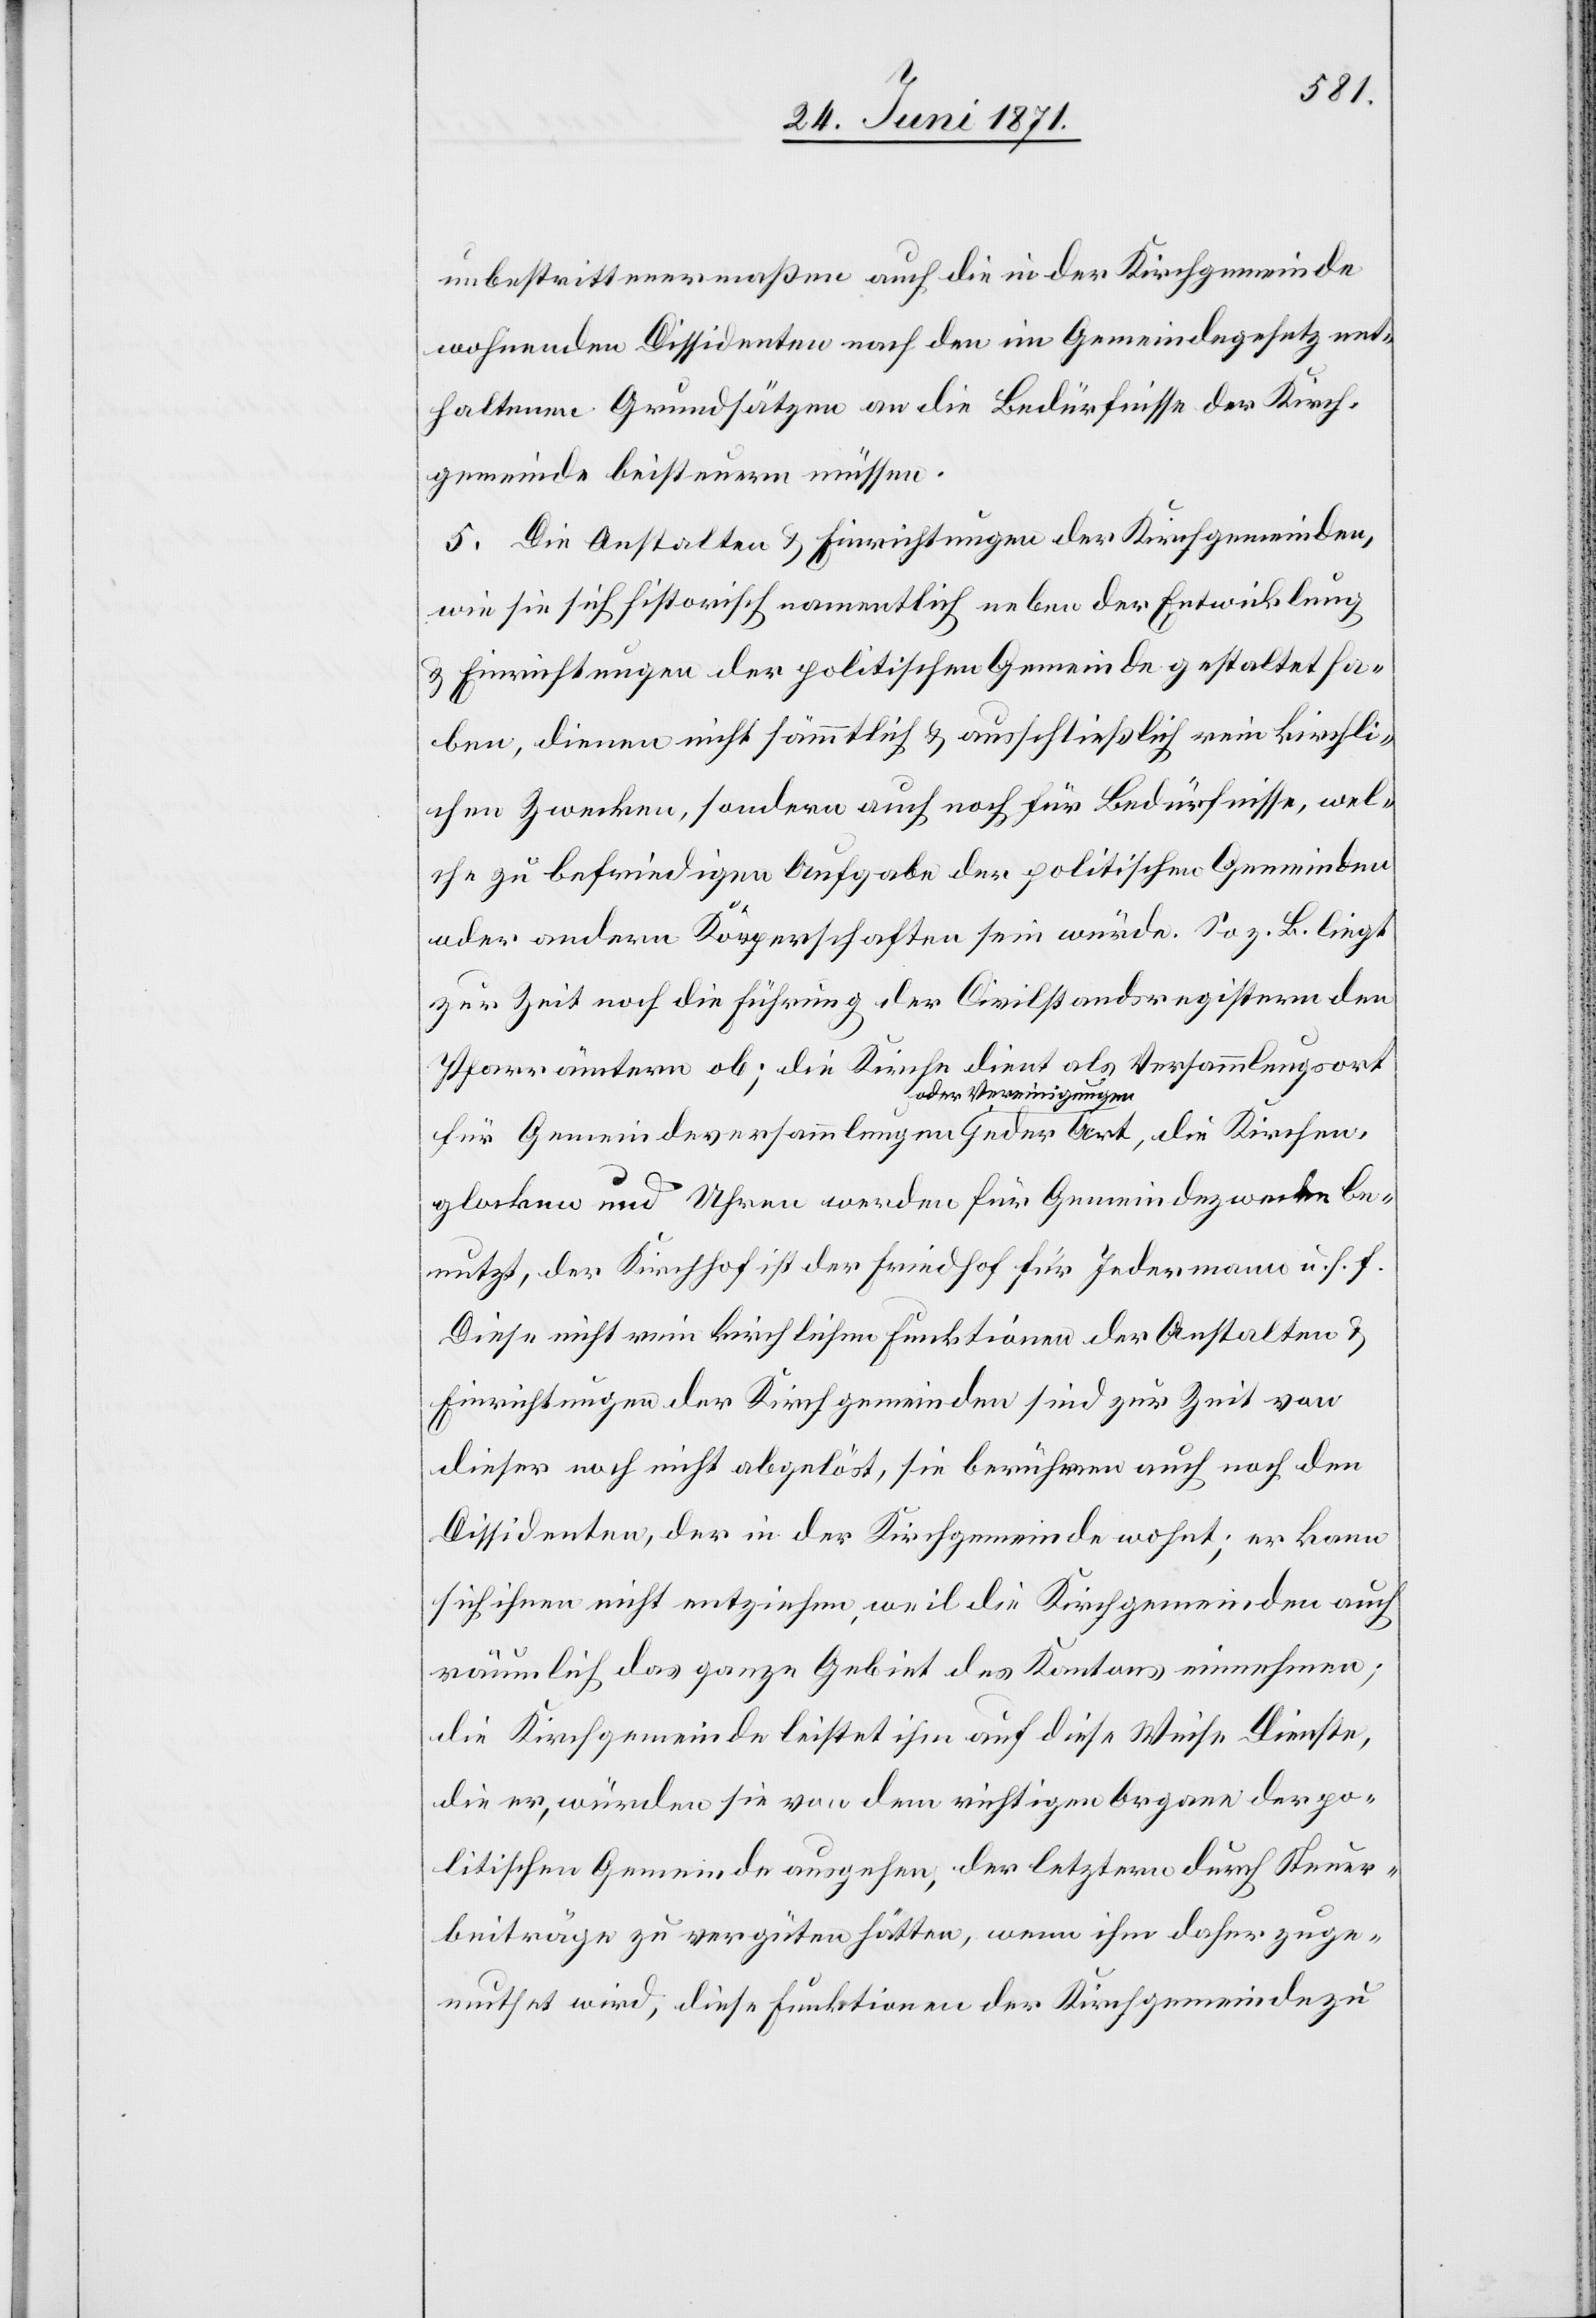
unbestrittenermaßen auch die in der Kirchgemeinde
wohnenden Dissidenten nach den im Gemeindegesetz ent¬
haltenen Grundsätzen an die Bedürfnisse der Kirch¬
gemeinde beisteuern müssen.
5. Die Anstalten u. Einrichtungen der Kirchgemeinden,
wie sie sich historisch namentlich neben der Entwicklung
u. Einrichtungen der politischen Gemeinde gestaltet ha¬
ben, dienen nicht sämmtlich u. ausschließlich rein kirchli¬
chen Zwecken, sondern auch noch für Bedürfnisse, wel¬
che zu befriedigen Aufgabe der politischen Gemeinden
oder andern Körperschaften sein würde. So z. B. liegt
zur Zeit noch die Führung der Civilstandsregistern den
Pfarrämtern ob; die Kirche dient als Versammlungsort
für Gemeindeversammlungen oder Vereinigungen jeder Art, die Kirchen¬
glocken und Uhren werden für Gemeindezwecke be¬
nutzt, der Kirchhof ist der Friedhof für Jedermann u. s. f.
Diese nicht rein kirchlichen Funktionen der Anstalten u.
Einrichtungen der Kirchgemeinden sind zur Zeit von
dieser noch nicht abgelöst, sie berühren auch noch den
Dissidenten, der in der Kirchgemeinde wohnt; er kann
sich ihnen nicht entziehen, weil die Kirchgemeinden auch
räumlich das ganze Gebiet des Kantons einnehmen;
die Kirchgemeinde leistet ihm auf diese Weise Dienste,
die er, würden sie von dem richtigen Organe der po¬
litischen Gemeinde ausgehen, der letztern durch Steuer¬
beiträge zu vergüten hätten, wenn ihm daher zuge¬
muthet wird, diese Funktionen der Kirchgemeinde zu